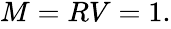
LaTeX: \begin{array}{r}{M=RV=1.}\end{array}